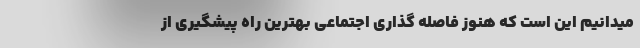
میدانیم این است که هنوز فاصله گذاری اجتماعی بهترین راه پیشگیری از